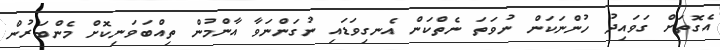
އެގޮތަށް ގަވައިދު ހުންނަކަން ނުވަތަ ނެތްކަން އެނގިވަޑައި ނުގަންނަވާ އާންމުން ތިއްބަވަނިކޮށް މެންބަރުން